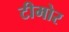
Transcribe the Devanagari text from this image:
टीमोर